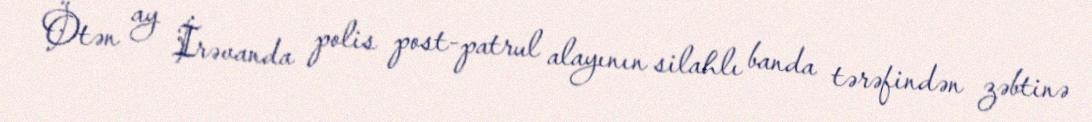
Ötən ay İrəvanda polis post-patrul alayının silahlı banda tərəfindən zəbtinə